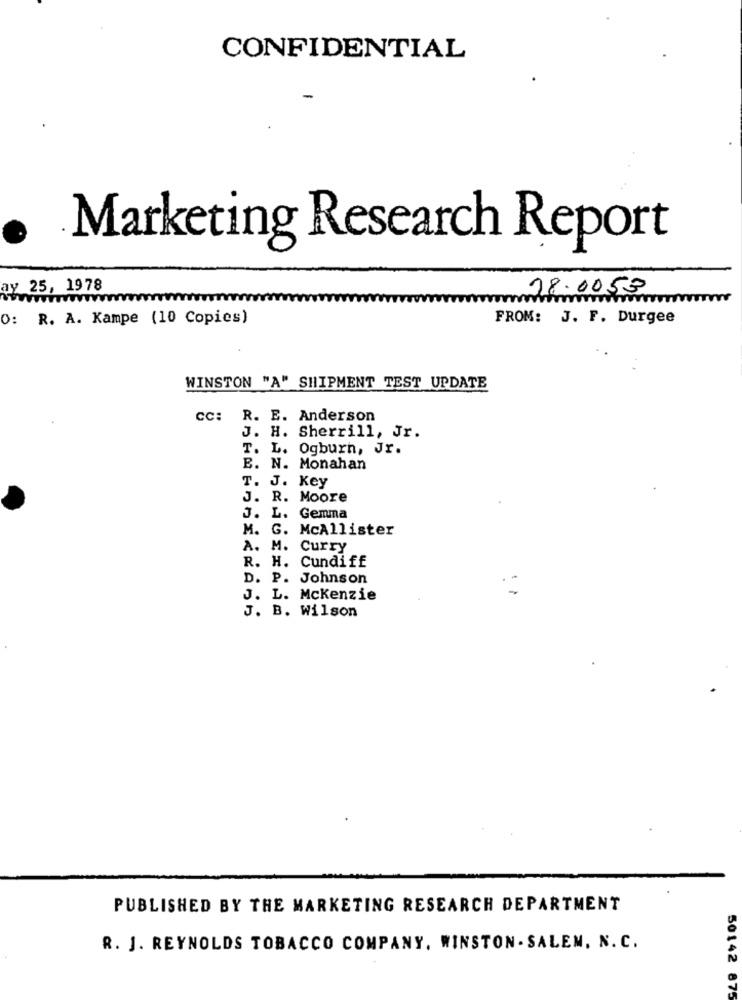
CONFIDENTIAL
Marketing Research Report
ay 25, 1978
28.0053
O: R. A. Kampe (10 Copies)
FROM: J. F. Durgee
WINSTON "A" SHIPMENT TEST UPDATE
CC: R. E. Anderson
J. H. Sherrill, Jr.
T. L. Ogburn, Jr.
E. N. Monahan
T. J. Key
J. R. Moore
J. L. Gemma
M. G. McAllister
A. M. Curry
R. H. Cundiff
D. P. Johnson
J. L. Mckenzie
J. B. Wilson
PUBLISHED BY THE MARKETING RESEARCH DEPARTMENT
R. J. REYNOLDS TOBACCO COMPANY. WINSTON - SALEM, N. C.
50142 875